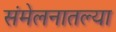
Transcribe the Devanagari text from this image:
संमेलनातल्या